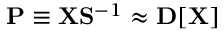
{ \bf P } \equiv { \bf X } { \bf S } ^ { - 1 } \approx { \bf D } [ { \bf X } ]